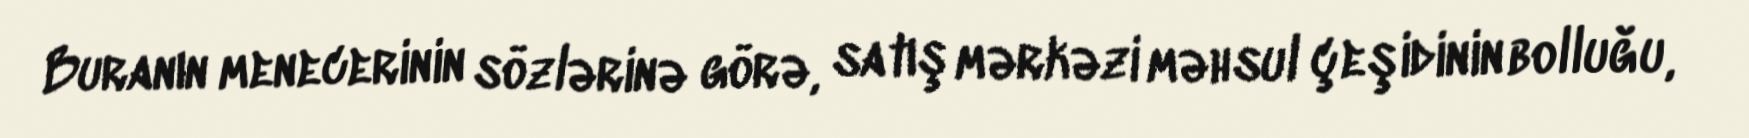
Buranın menecerinin sözlərinə görə, satış mərkəzi məhsul çeşidinin bolluğu,